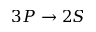
3 P \rightarrow 2 S